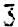
3